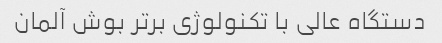
دستگاه عالی با تکنولوژی برتر بوش آلمان